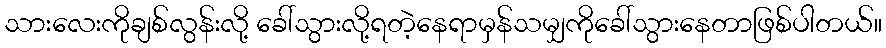
သားလေးကိုချစ်လွန်းလို့ ခေါ်သွားလို့ရတဲ့နေရာမှန်သမျှကိုခေါ်သွားနေတာဖြစ်ပါတယ်။